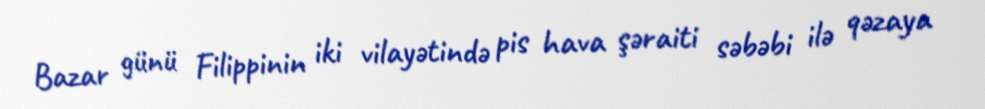
Bazar günü Filippinin iki vilayətində pis hava şəraiti səbəbi ilə qəzaya